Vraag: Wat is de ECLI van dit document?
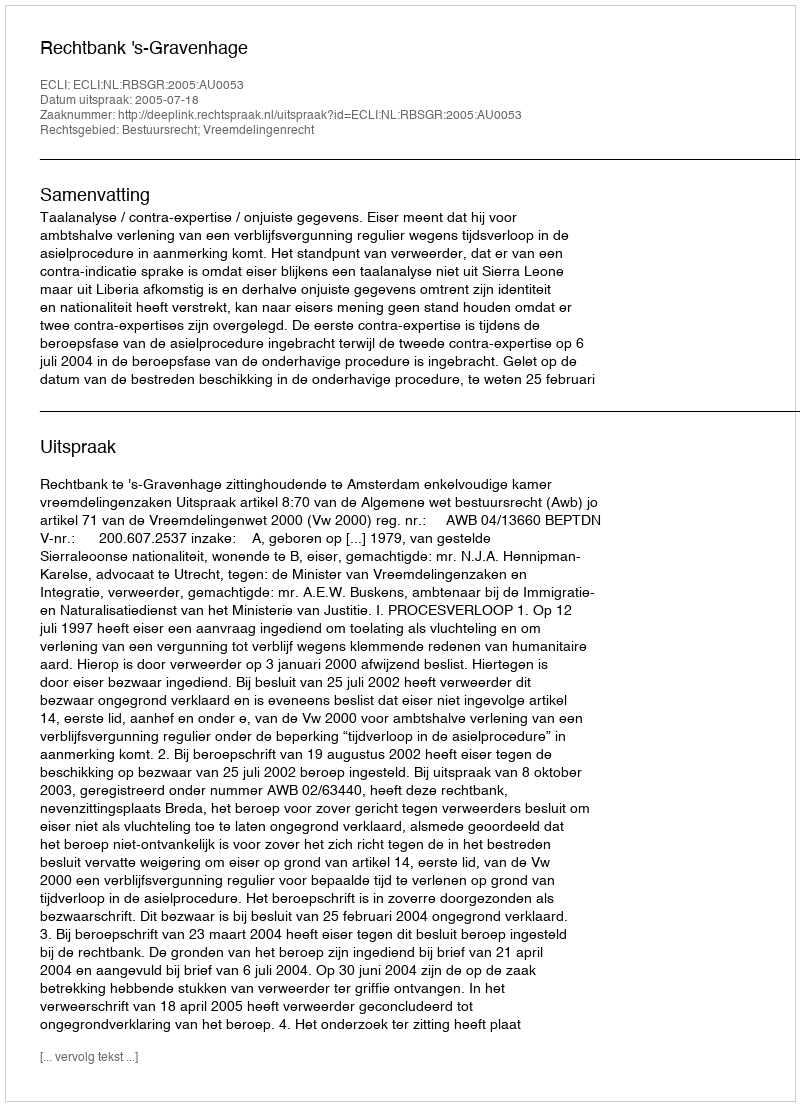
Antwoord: ECLI:NL:RBSGR:2005:AU0053